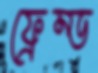
ফ্রেম্ড